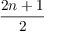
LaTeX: \frac { 2 n + 1 } { 2 }